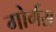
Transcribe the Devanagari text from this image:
गोर्गस